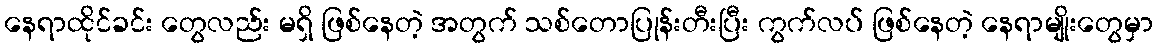
နေရာထိုင်ခင်း တွေလည်း မရှိ ဖြစ်နေတဲ့ အတွက် သစ်တောပြုန်းတီးပြီး ကွက်လပ် ဖြစ်နေတဲ့ နေရာမျိုးတွေမှာ